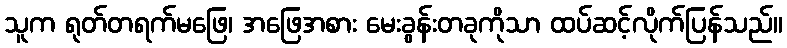
သူက ရုတ်တရက်မဖြေ၊ အဖြေအစား မေးခွန်းတခုကိုသာ ထပ်ဆင့်လိုက်ပြန်သည်။